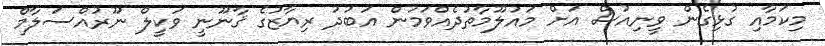
މިކަމާއި ގުޅިގެން ވީނިއުސް އަށް މައުލޫމާތުދެއްވަމުން އަބުދު ރިޔާޒުގެ ޤާާނޫނީ ވަކީލް ނޫރުއްސަލާމް